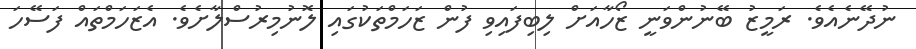
ނުދޭނެއެވެ. ރަމީޒު ބޭނުންވަނީ ޒޯހާއަށް ލިބިފައިވި ފުން ޒަހަމްތަކުގައި ލޮނުމިރުސްލާށެވެ. އެޒަހަމްތައް ފަސޭހަ